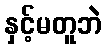
နှင့်မတူဘဲ